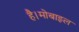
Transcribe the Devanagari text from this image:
है।मोबाइल